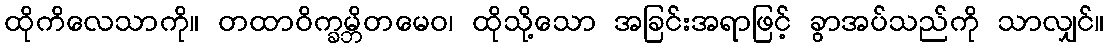
ထိုကိလေသာကို။ တထာဝိက္ခမ္ဘိတမေဝ၊ ထိုသို့သော အခြင်းအရာဖြင့် ခွာအပ်သည်ကို သာလျှင်။